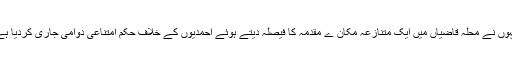
انہوں نے محلہ قاضیاں میں ایک متنازعہ مکان ے مقدمہ کا فیصلہ دیتے ہوئے احمدیوں کے خلاف حکم امتناعی دوامی جاری کردیا ہے۔